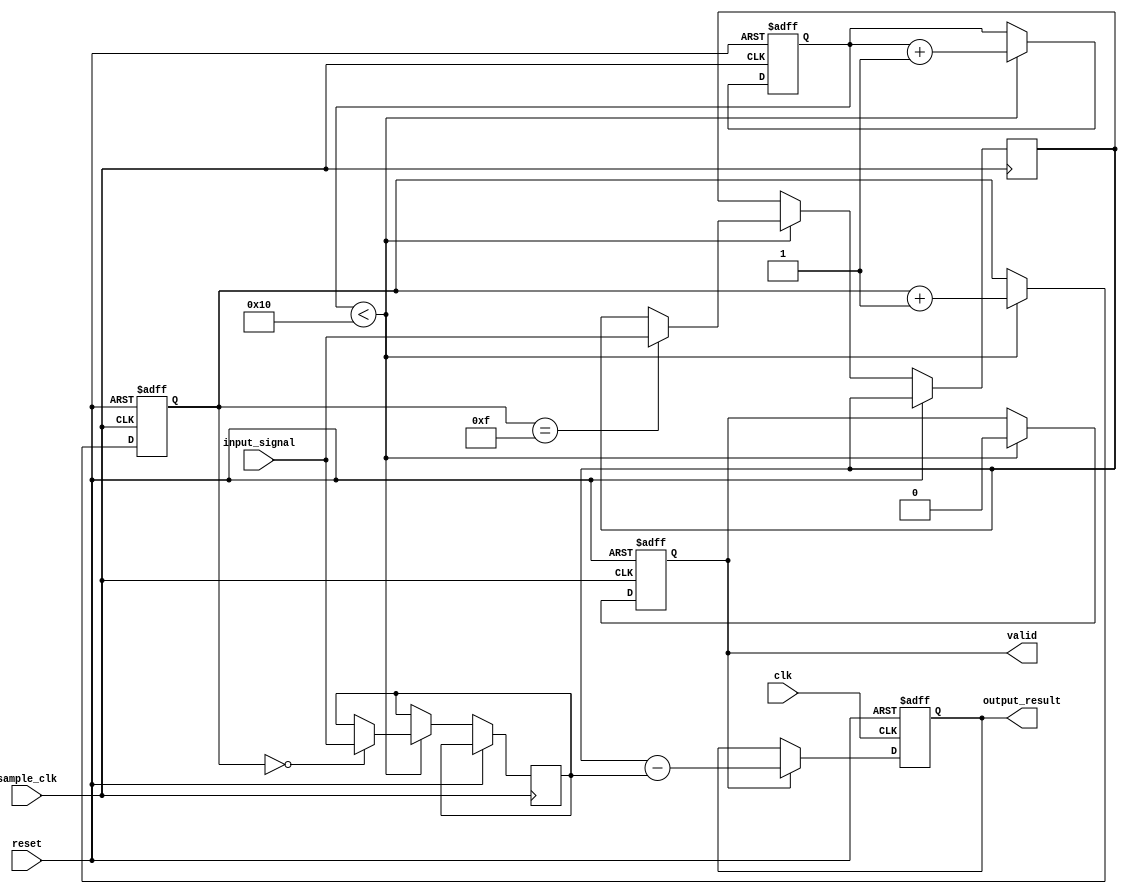
module MemoryBlocksSamplingDelayLineDetector #(
    parameter NUM_BLOCKS = 16, // Number of memory blocks
    parameter DATA_WIDTH = 8,   // Width of the input signal
    parameter CLK_DIV = 4        // Clock division factor for sampling rate
)(
    input wire clk,              // System clock
    input wire reset,            // Reset signal
    input wire sample_clk,       // Sampling clock
    input wire [DATA_WIDTH-1:0] input_signal, // Input signal to be sampled
    output reg [DATA_WIDTH-1:0] output_result, // Output result of delay measurement
    output reg valid             // Output valid signal
);

    // Memory blocks to store sampled values
    reg [DATA_WIDTH-1:0] memory_blocks [0:NUM_BLOCKS-1];
    reg [3:0] sample_index;      // Index for memory blocks
    reg [3:0] sample_count;      // Count of samples taken

    // Control Logic
    always @(posedge sample_clk or posedge reset) begin
        if (reset) begin
            sample_index <= 0;
            sample_count <= 0;
            valid <= 0;
        end else if (sample_count < NUM_BLOCKS) begin
            memory_blocks[sample_index] <= input_signal; // Capture input signal
            sample_index <= sample_index + 1;
            sample_count <= sample_count + 1;
            valid <= 0; // Not valid until all samples are taken
        end else if (sample_count == NUM_BLOCKS) begin
            valid <= 1; // Indicate that sampling is complete
            sample_count <= 0; // Reset for next sampling
            sample_index <= 0; // Reset index for next round
        end
    end

    // Delay Measurement Logic (Example: Measure delay between first and last samples)
    always @(posedge clk or posedge reset) begin
        if (reset) begin
            output_result <= 0;
        end else if (valid) begin
            // Example logic: Calculate the difference between the first and last samples
            output_result <= memory_blocks[NUM_BLOCKS-1] - memory_blocks[0];
        end
    end

endmodule